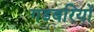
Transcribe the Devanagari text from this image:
गडबरियों